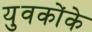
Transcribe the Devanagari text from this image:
युवकोंके